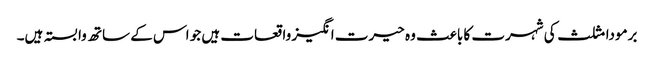
برمودا مثلث کی شہرت کا باعث وہ حیرت انگیز واقعات ہیں جو اس کے ساتھ وابستہ ہیں۔